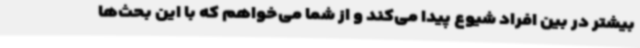
بیشتر در بین افراد شیوع پیدا می‌کند و از شما می‌خواهم که با این بحث‌ها